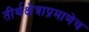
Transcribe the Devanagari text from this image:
तीर्थक्षेत्राप्रमाणेच